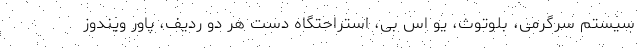
سیستم سرگرمی، بلوتوث، یو اس بی، استراحتگاه دست هر دو ردیف، پاور ویندوز